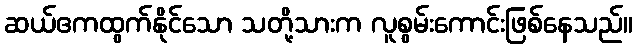
ဆယ်ဧကထွက်နိုင်သော သတို့သားက လူစွမ်းကောင်းဖြစ်နေသည်။